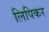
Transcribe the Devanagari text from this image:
लिपिकर